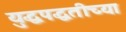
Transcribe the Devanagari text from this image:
युद्धपद्धतीच्या